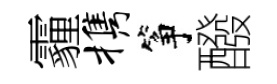
霾携筝醱